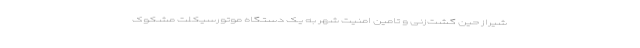
شیراز حین گشت‌زنی و تامین امنیت شهر به یک دستگاه موتورسیکلت مشکوک